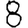
Digit: 8